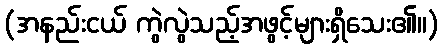
(အနည်းငယ် ကွဲလွဲသည့်အဖွင့်များရှိသေး၏။)